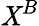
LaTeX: \mathit{X}^{B}